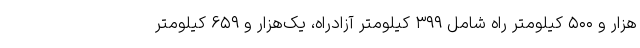
هزار و ۵۰۰ کیلومتر راه شامل ۳۹۹ کیلومتر آزادراه، یک‌هزار و ۶۵۹ کیلومتر